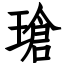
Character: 瑲